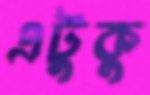
এটুকু